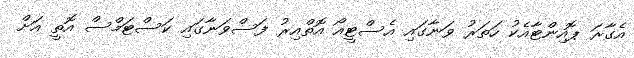
އެގާރަ ޕޮއިންޓާއެކު ހަތަރު ވަނާގައި އެސްޓީއޯ އޮތްއިރު ފަސްވަނާގައި ކަސްޓަމްސް އޮތީ އަށް